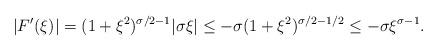
LaTeX: \begin{align*}|F'(\xi)|=(1+\xi^2)^{\sigma/2-1}\vert \sigma\xi\vert \leq -\sigma(1+\xi^2)^{\sigma/2-1/2}\leq -\sigma\xi^{\sigma-1}.\end{align*}